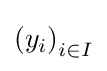
\left(y_{i}\right)_{i\in I}